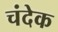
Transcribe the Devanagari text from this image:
चंदेक